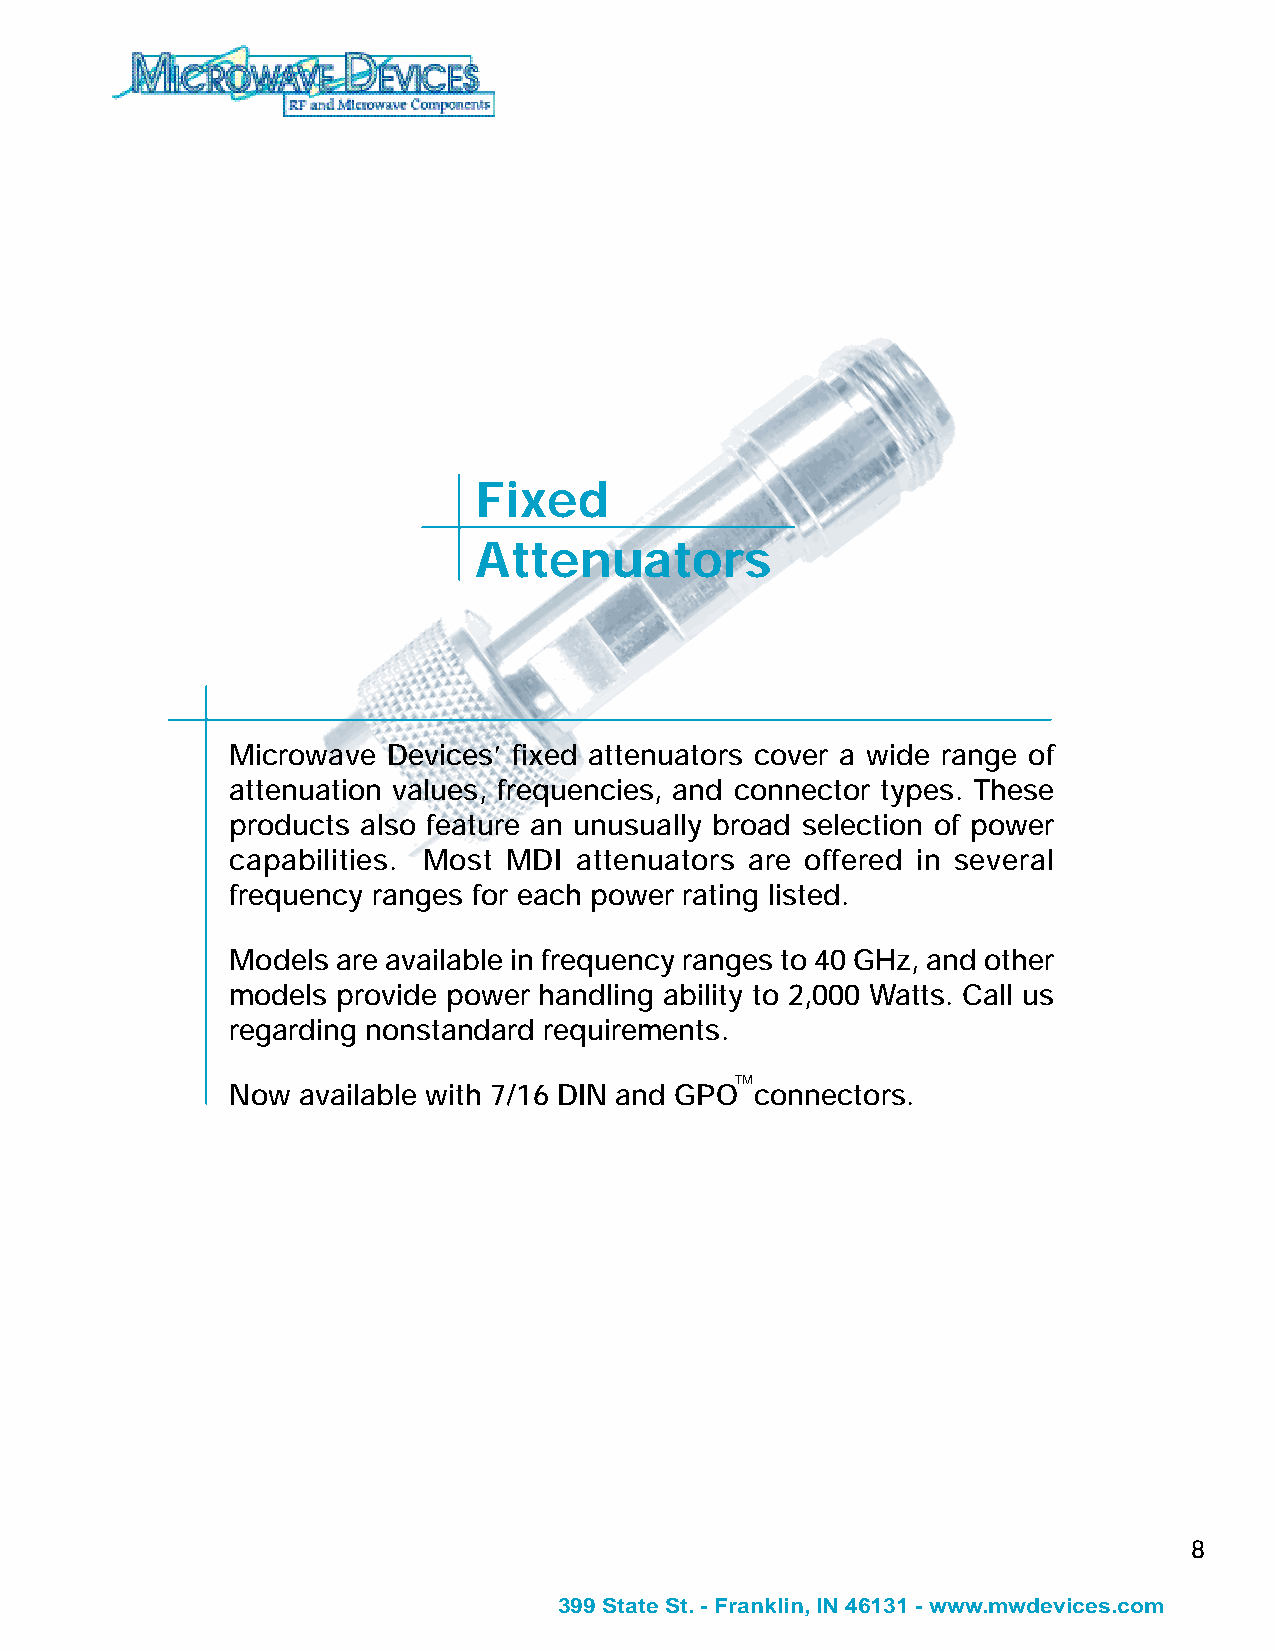
Fixed
 Attenuators
 Microwave  Devices’ fixed attenuators cover a wide range of
 attenuation values, frequencies, and connector types. These
 products also feature an unusually broad selection of power
 capabilities. Most MDI attenuators are offered in several
 frequency ranges for each power rating listed.
 Models are available in frequency ranges to 40 GHz, and other
 models provide power handling ability to 2,000 Watts. Call us
 regarding nonstandard requirements.
 TM
 Now  available with 7/16 DIN and GPO connectors.
 8
 399 State St. - Franklin, IN 46131 - www.mwdevices.com